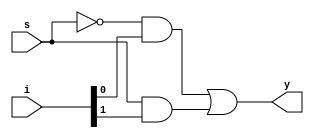
`timescale 1ns / 1ps
//////////////////////////////////////////////////////////////////////////////////
// Company: 
// Engineer: 
// 
// Design Name: 
// Module Name:    mux_2 
// Project Name: 
// Target Devices: 
// Tool versions: 
// Description: 
//
// Dependencies: 
//
// Revision: 
// Revision 0.01 - File Created
// Additional Comments: 
//
//////////////////////////////////////////////////////////////////////////////////
module mux_2(i,s,y);
    input [1:0]i;
    input s;
    output y;
    assign y=~s&i[0]|s&i[1];
  
endmodule